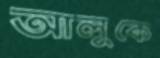
আলুকে